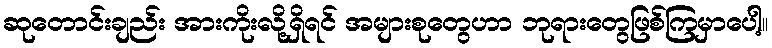
ဆုတောင်းချည်း အားကိုးလို့ရှိရင် အများစုတွေဟာ ဘုရားတွေဖြစ်ကြမှာပေါ့။